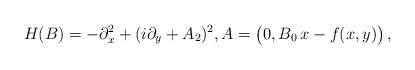
LaTeX: \begin{align*} H(B)= -\partial_x^2 +(i\partial_y+A_2)^2, A = \big(0,B_0\,x- f(x,y)\big)\,,\end{align*}